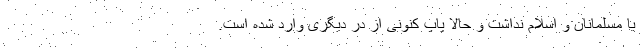
با مسلمانان و اسلام نداشت و حالا پاپ کنونی از در دیگری وارد شده است.